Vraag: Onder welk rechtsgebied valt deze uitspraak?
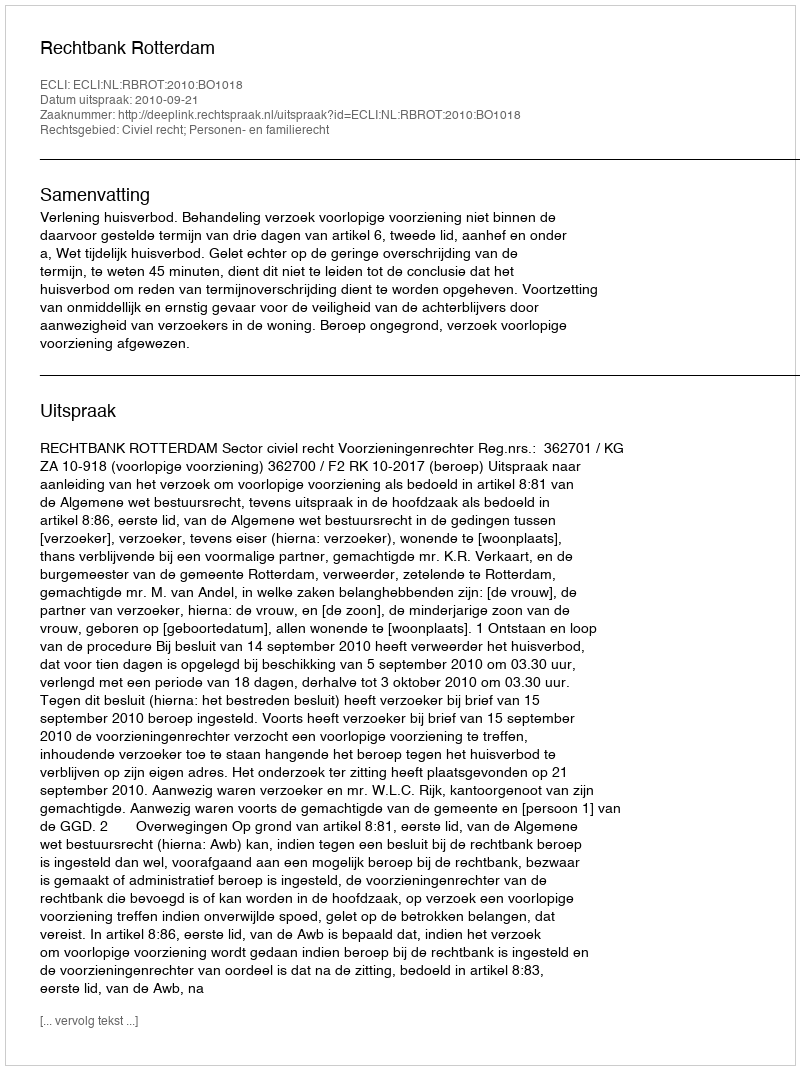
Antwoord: Civiel recht; Personen- en familierecht